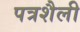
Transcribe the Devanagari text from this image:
पत्रशैली